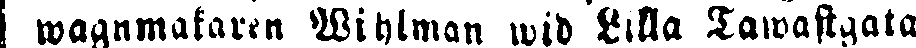
wagnmakaren Wihlman wid Lilla Tawastgatan.